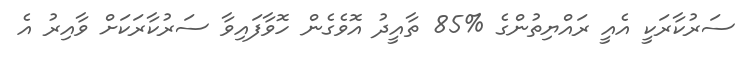
ސަރުކާރަކީ އެއީ ރައްޔިތުންގެ %85 ތާއީދު އޮވެގެން ހޮވާފައިވާ ސަރުކާރަކަށް ވާއިރު އެ